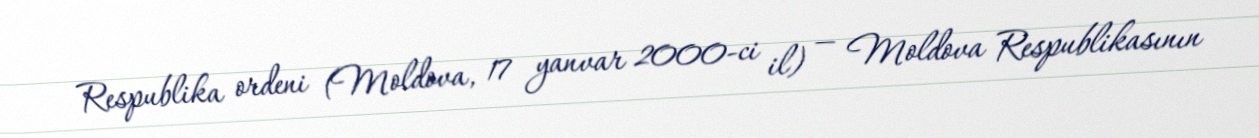
Respublika ordeni (Moldova, 17 yanvar 2000-ci il) — Moldova Respublikasının